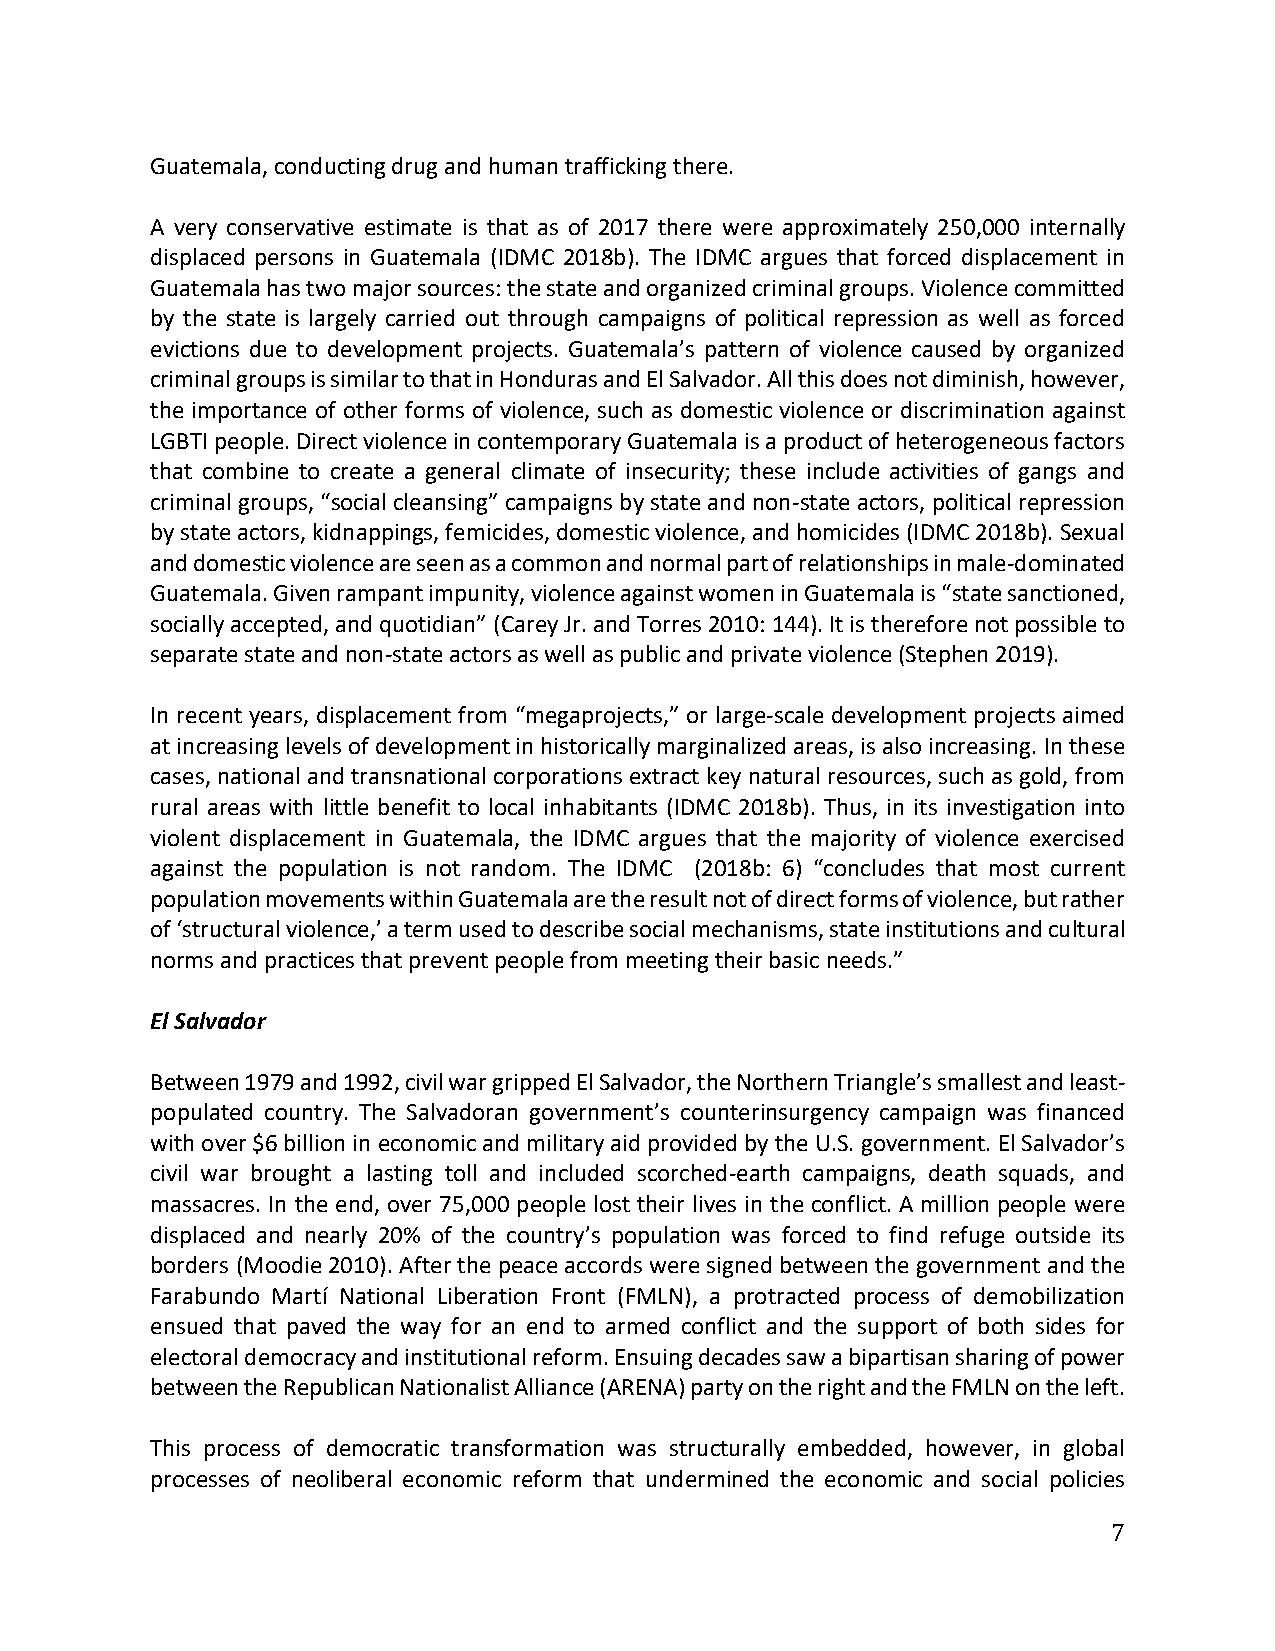
Guatemala, conducting drug and human trafficking there.
 A very conservative estimate is that as of 2017 there were approximately 250,000 internally
 displaced persons in Guatemala (IDMC 2018b). The IDMC argues that forced displacement in
 Guatemala has two major sources: the state and organized criminal groups. Violence committed
 by the state is largely carried out through campaigns of political repression as well as forced
 evictions due to development projects. Guatemala’s pattern of violence caused by organized
 criminal groups is similar to that in Honduras and El Salvador. All this does not diminish, however,
 the importance of other forms of violence, such as domestic violence or discrimination against
 LGBTI people. Direct violence in contemporary Guatemala is a product of heterogeneous factors
 that combine to create a general climate of insecurity; these include activities of gangs and
 criminal groups, “social cleansing” campaigns by state and non-state actors, political repression
 by state actors, kidnappings, femicides, domestic violence, and homicides (IDMC 2018b). Sexual
 and domestic violence are seen as a common and normal part of relationships in male-dominated
 Guatemala. Given rampant impunity, violence against women in Guatemala is “state sanctioned,
 socially accepted, and quotidian” (Carey Jr. and Torres 2010: 144). It is therefore not possible to
 separate state and non-state actors as well as public and private violence (Stephen 2019).
 In recent years, displacement from “megaprojects,” or large-scale development projects aimed
 at increasing levels of development in historically marginalized areas, is also increasing. In these
 cases, national and transnational corporations extract key natural resources, such as gold, from
 rural areas with little benefit to local inhabitants (IDMC 2018b). Thus, in its investigation into
 violent displacement in Guatemala, the IDMC argues that the majority of violence exercised
 against the population is not random. The IDMC (2018b: 6) “concludes that most current
 population movements within Guatemala are the result not of direct forms of violence, but rather
 of ‘structural violence,’ a term used to describe social mechanisms, state institutions and cultural
 norms and practices that prevent people from meeting their basic needs.”
 El Salvador
 Between 1979 and 1992, civil war gripped El Salvador, the Northern Triangle’s smallest and least-
 populated country. The Salvadoran government’s counterinsurgency campaign was financed
 with over $6 billion in economic and military aid provided by the U.S. government. El Salvador’s
 civil war brought a lasting toll and included scorched-earth campaigns, death squads, and
 massacres. In the end, over 75,000 people lost their lives in the conflict. A million people were
 displaced and nearly 20% of the country’s population was forced to find refuge outside its
 borders (Moodie 2010). After the peace accords were signed between the government and the
 Farabundo Martí National Liberation Front (FMLN), a protracted process of demobilization
 ensued that paved the way for an end to armed conflict and the support of both sides for
 electoral democracy and institutional reform. Ensuing decades saw a bipartisan sharing of power
 between the Republican Nationalist Alliance (ARENA) party on the right and the FMLN on the left.
 This process of democratic transformation was structurally embedded, however, in global
 processes of neoliberal economic reform that undermined the economic and social policies
 7